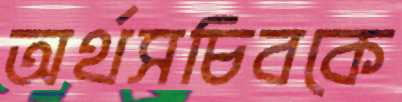
অর্থসচিবকে